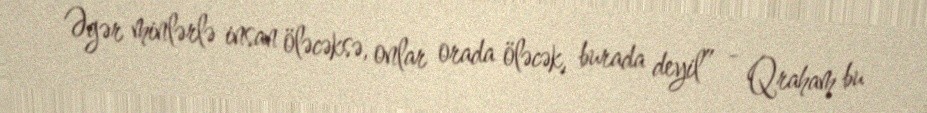
Əgər minlərlə insan öləcəksə, onlar orada öləcək, burada deyil” - Qraham bu